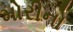
મોરીનો